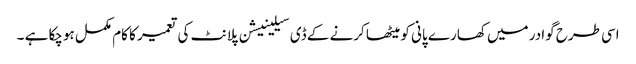
اسی طرح گوادر میں کھارے پانی کو میٹھا کرنے کے ڈی سیلینیشن پلانٹ کی تعمیر کا کام مکمل ہوچکا ہے ۔